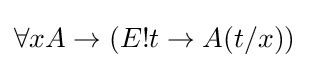
\forall xA\rightarrow (E!t\rightarrow A(t/x))